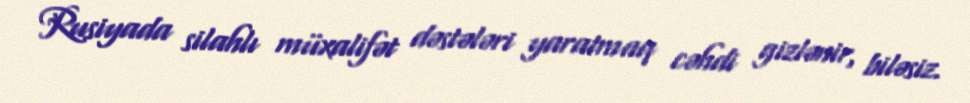
Rusiyada silahlı müxalifət dəstələri yaratmaq cəhdi gizlənir, biləsiz.